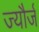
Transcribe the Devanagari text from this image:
ज्यौर्ज